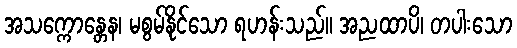
အသက္ကောန္တေန၊ မစွမ်နိုင်သော ရဟန်းသည်။ အညထာပိ၊ တပါးသော